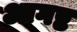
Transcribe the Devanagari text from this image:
आगष्ट